Medical and sanitary report of the native army of Madras for the year
Year: 1878
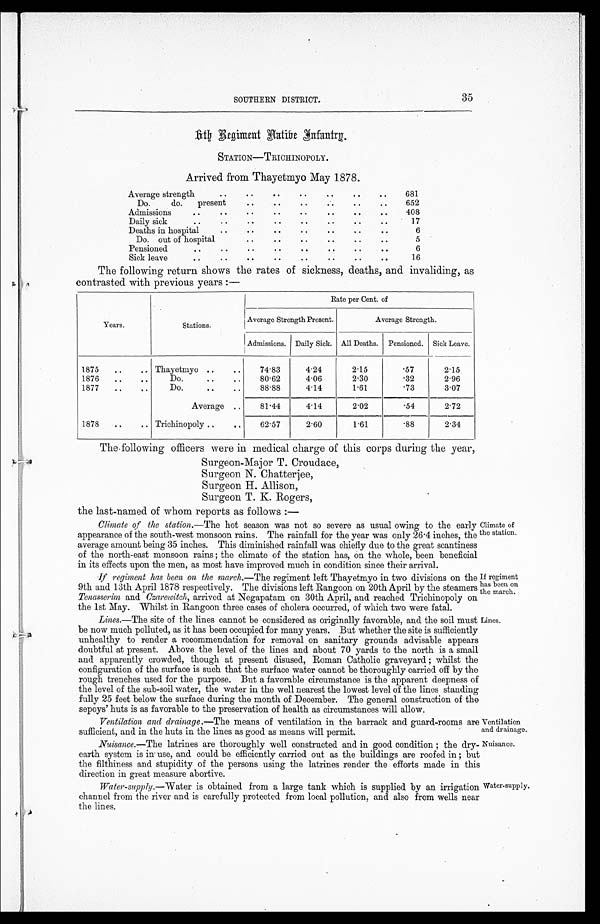
SOUTHERN DISTRICT.
35
R e g i m e n t N a t i v e I n f a n t r y .
STATION—TRICHINOPOLY.
Arrived from Thayetmyo May 1878.
Average strength
..
..
..
..
..
..
..
681
Do.
do.
present
..
..
..
..
..
..
652
Admissions
..
..
..
..
..
..
..
..
408
Daily sick
..
.. ..
..
..
.. ..
.. 17
Deaths in hospital
..
..
..
..
..
..
..
6
Do. out of hospital
..
..
..
..
..
..
5
Pensioned
..
..
..
..
..
..
..
..
6
Sick leave
..
..
..
..
..
..
..
..
16
The following return shows the rates of sickness, deaths, and invaliding, as
contrasted with previous years :—
Years.
Stations.
Rate per Cent. of
Average Strength Present.
Average Strength.
Admissions. Daily Sick. All Deaths. Pensioned. Sick Leave.
1875
..
.. Thayetmyo ..
..
74.83
4.24
2.15
.57
2.15
1876
..
..
Do.
..
..
80.62
4.06
2.30
.32
2.96
1877
..
..
Do.
..
..
88.88
4.14
1.61
.73
3.07
Average ..
81.44
4.14
2.02
.54
2.72
1878
..
.. Trichinopoly ..
..
62.57
2.60
1.61
.88
2.34
The following officers were in medical charge of this corps during the year,
Surgeon-Major T. Croudace,
Surgeon N. Chatterjee,
Surgeon H. Allison,
Surgeon T. K. Rogers,
the last-named of whom reports as follows :—
Climate of the station .—The hot season was not so severe as usual owing to the early
appearance of the south-west monsoon rains. The rainfall for the year was only 26.4 inches, the
average amount being 35 inches. This diminished rainfall was chiefly due to the great scantiness
of the north-east monsoon rains ; the climate of the station has, on the whole, been beneficial
in its effects upon the men, as most have improved much in condition since their arrival.
If regiment has been on the march .—The regiment left Thayetmyo in two divisions on the
9th and 13th April 1878 respectively. The divisions left Rangoon on 20th April by the steamers
Tenasserim and Czarewitch, arrived at Negapatam on 30th April, and reached Trichinopoly on
the 1st May. Whilst in Rangoon three cases of cholera occurred, of which two were fatal.
Lines.—The site of the lines cannot be considered as originally favorable, and the soil must
be now much polluted, as it has been occupied for many years. But whether the site is sufficiently
unhealthy to render a recommendation for removal on sanitary grounds advisable appears
doubtful at present. Above the level of the lines and about 70 yards to the north is a small
and apparently crowded, though at present disused, Roman Catholic graveyard ; whilst the
configuration of the surface is such that the surface water cannot be thoroughly carried off by the
rough trenches used for the purpose. But a favorable circumstance is the apparent deepness of
the level of the sub-soil water, the water in the well nearest the lowest level of the lines standing
fully 25 feet below the surface during the month of December. The general construction of the
sepoys' huts is as favorable to the preservation of health as circumstances will allow.
Ventilation and drainage .—The means of ventilation in the barrack and guard-rooms a
r e s u f f i c i e n t , a n d i n t h e h u t s i n t h e l i n e s a s g o o d a s m e a n s w i l l p e r m i t .
Nuisance .—The latrines are thoroughly well constructed and in good condition ; the dry-
earth system is in use, and could be efficiently carried out as the buildings are roofed in ;
but the filthiness and stupidity of the persons using the latrines render the efforts made in
this direction in great measure abortive.
Water-supply.—Water
is obtained from a large tank which is supplied by an irrigation
channel from the river and is carefully protected from local pollution, and also from wells near
the lines.
Climate of
the station.
If regiment
has been on
the march.
Lines.
Ventilation
and drainage.
Nuisance.
Water-supply.